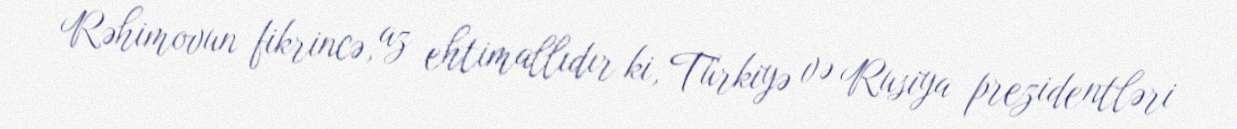
Rəhimovun fikrincə, az ehtimallıdır ki, Türkiyə və Rusiya prezidentləri